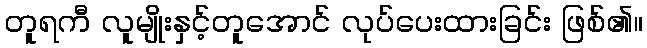
တူရကီ လူမျိုးနှင့်တူအောင် လုပ်ပေးထားခြင်း ဖြစ်၏။